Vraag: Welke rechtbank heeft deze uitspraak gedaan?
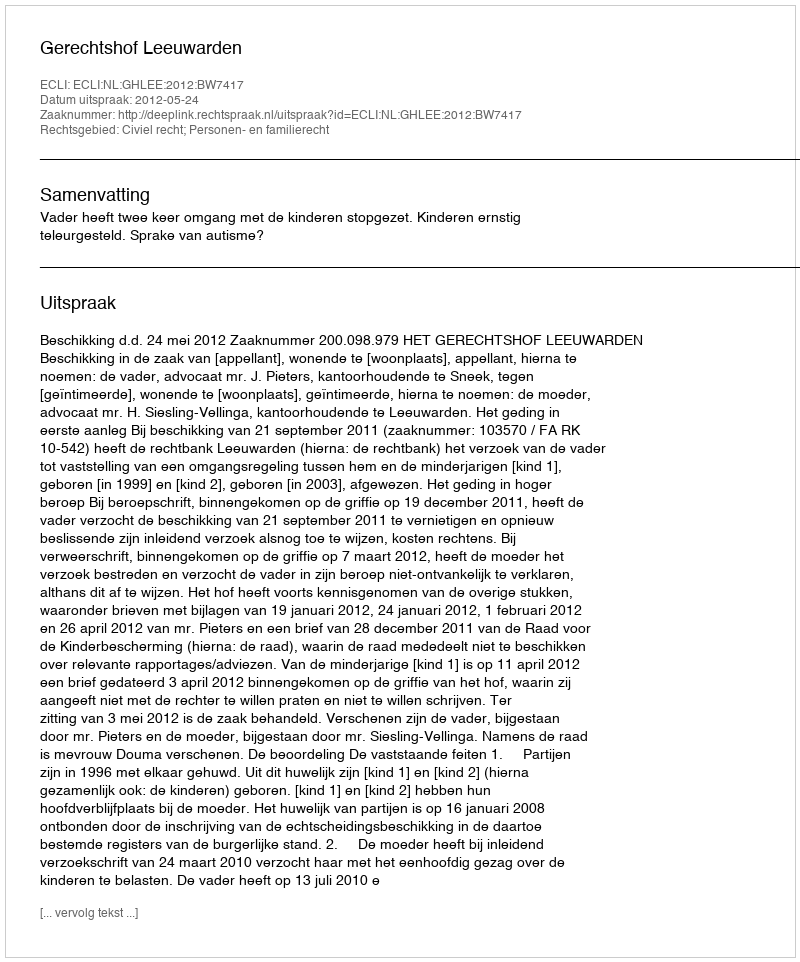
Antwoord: Gerechtshof Leeuwarden